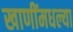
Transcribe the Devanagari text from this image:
खाणींमधल्या